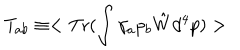
T _ { a b } \equiv < \mathrm { T r } ( \int \gamma _ { a } p _ { b } \hat { W } d ^ { 4 } p ) >